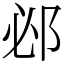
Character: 邲